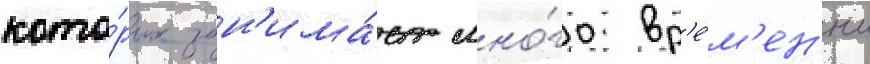
кото́рых зан'има́ет мно́го вр'е́м'ен'и